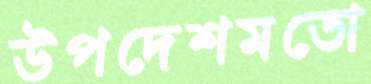
উপদেশমতো